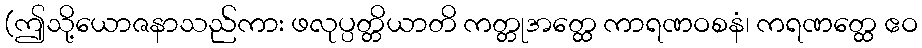
(ဤသို့ယောဇနာသည်ကား ဖလုပ္ပတ္တိယာတိ ကတ္တုအတ္ထေ ကာရဏဝစနံ၊ ကရဏတ္ထေ ဧဝ